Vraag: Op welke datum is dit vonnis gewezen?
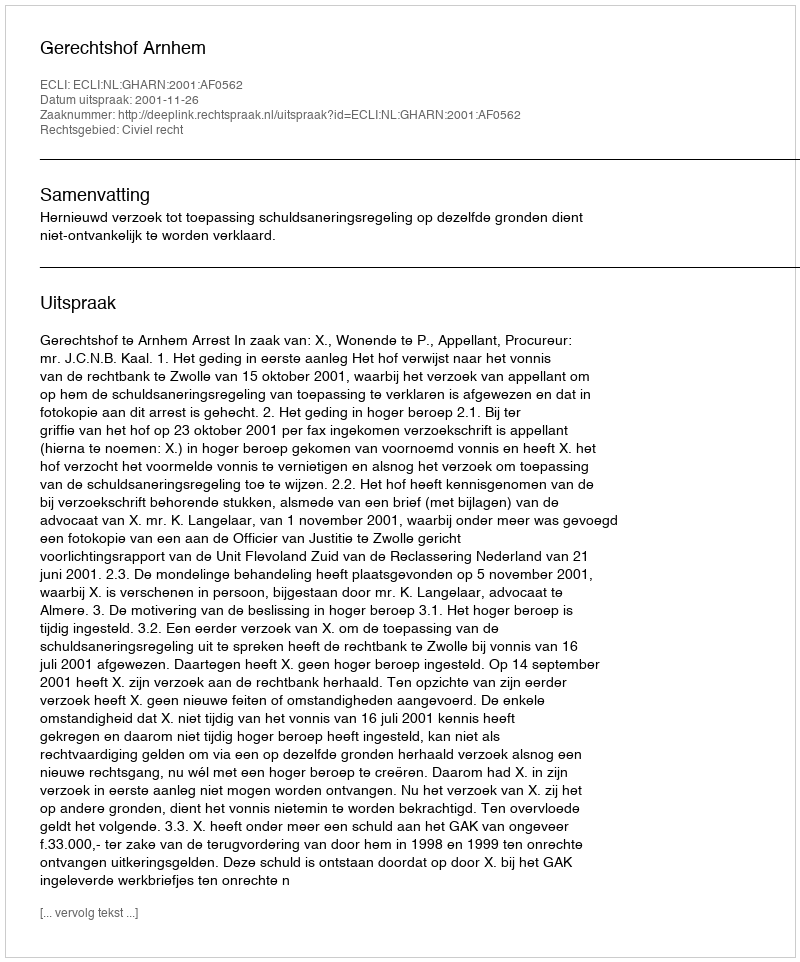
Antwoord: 2001-11-26